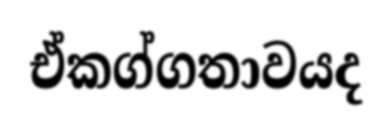
ඒකග්ගතාවයද